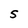
Character: s